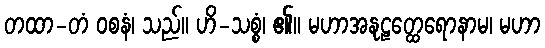
တထာ-တံ ဝစနံ၊ သည်။ ဟိ-သစ္စံ၊ ၏။ မဟာအနုဠတ္ထေရောနာမ၊ မဟာ